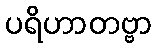
ပရိဟာတဗ္ဗာ